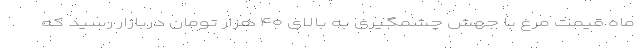
ماه قیمت مرغ با جهش چشمگیری به بالای ۴۰ هزار تومان دربازار رسید که